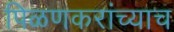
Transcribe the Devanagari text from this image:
पिळणकरांच्याच